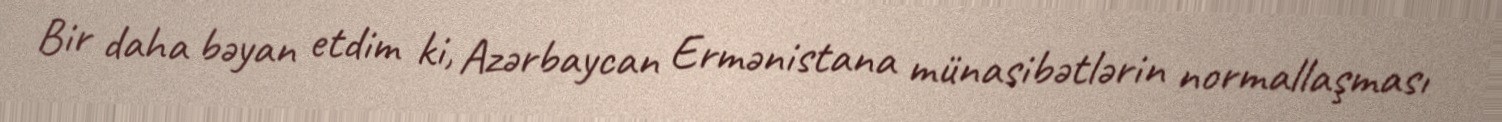
Bir daha bəyan etdim ki, Azərbaycan Ermənistana münasibətlərin normallaşması